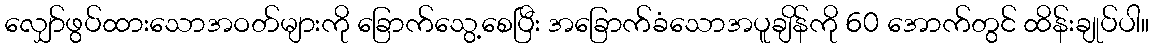
လျှော်ဖွပ်ထားသောအဝတ်များကို ခြောက်သွေ့စေပြီး အခြောက်ခံသောအပူချိန်ကို 60 အောက်တွင် ထိန်းချုပ်ပါ။